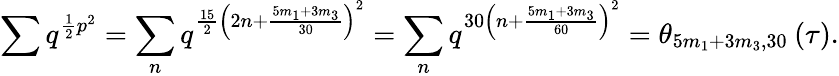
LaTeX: \sum q^{\frac{1}{2}p^{2}}=\sum_{n}q^{\frac{15}{2}\left(2n+\frac{5m_{1}+3m_{3}}{30}\right)^{2}}=\sum_{n}q^{30\left(n+\frac{5m_{1}+3m_{3}}{60}\right)^{2}}=\theta_{5m_{1}+3m_{3},30}\: (\tau).